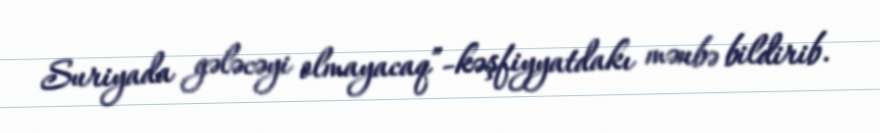
Suriyada gələcəyi olmayacaq”-kəşfiyyatdakı mənbə bildirib.